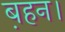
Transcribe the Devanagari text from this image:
ब़हन।